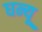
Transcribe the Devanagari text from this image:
घन्यू